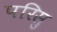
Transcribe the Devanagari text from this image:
परिसु